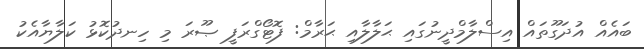
ބައެއް އުދަގޫތައް އިސްލާމްދީނުގައި ޙަލާލާއި ޙަރާމް: ފޮޓޯގްރަފީ ޞޫރަ މި ހިނދުކޮޅު ކަލާޔާއެކު